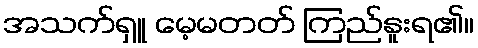
အသက်ရှူ မေ့မတတ် ကြည်နူးရ၏။